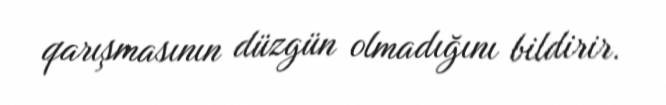
qarışmasının düzgün olmadığını bildirir.